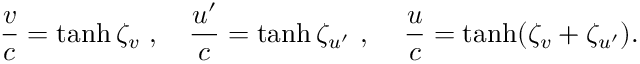
{ \frac { v } { c } } = \operatorname { t a n h } \zeta _ { v } \ , \quad { \frac { u ^ { \prime } } { c } } = \operatorname { t a n h } \zeta _ { u ^ { \prime } } \ , \quad \, { \frac { u } { c } } = \operatorname { t a n h } ( \zeta _ { v } + \zeta _ { u ^ { \prime } } ) .